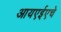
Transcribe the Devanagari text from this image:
आयएईएचे